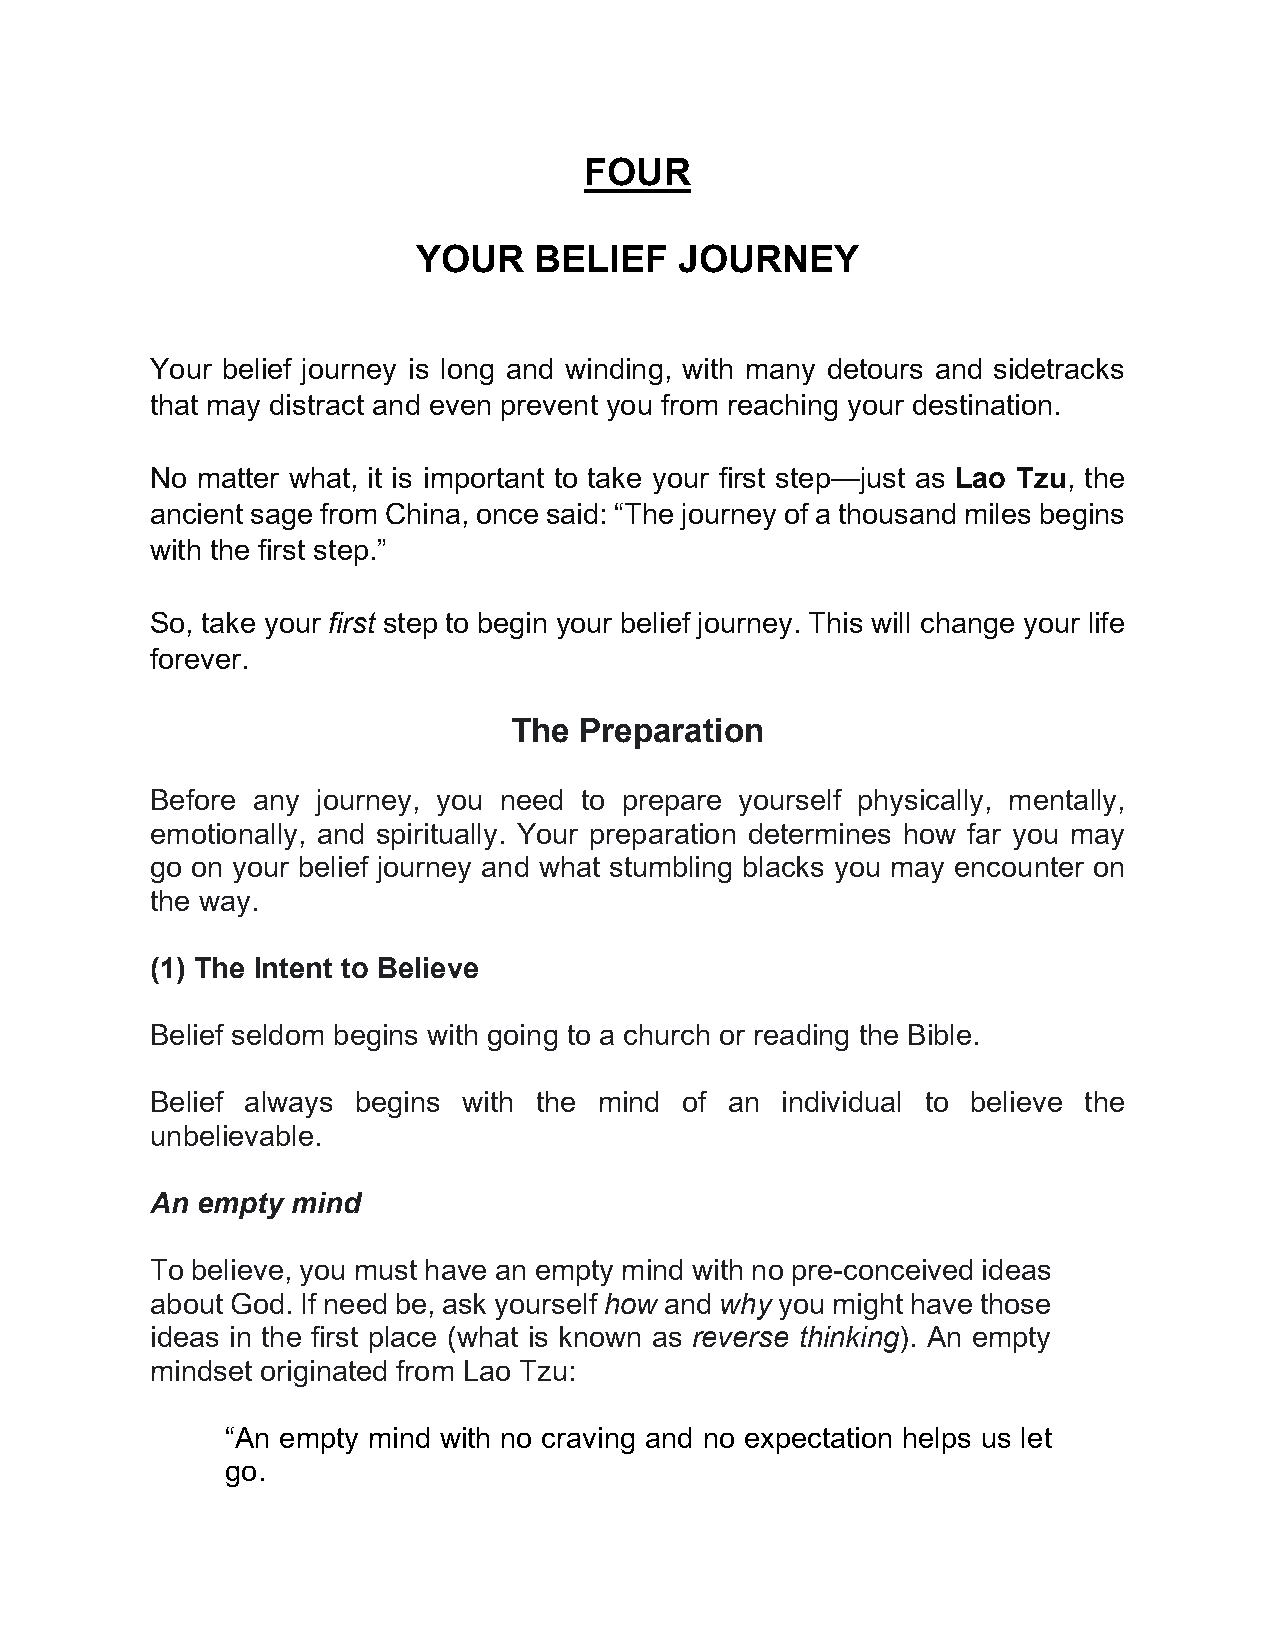
FOUR
 YOUR   BELIEF    JOURNEY
 Your belief journey is long and winding, with many detours and sidetracks
 that may distract and even prevent you from reaching your destination.
 No matter what, it is important to take your first step—just as Lao Tzu, the
 ancient sage from China, once said: “The journey of a thousand miles begins
 with the first step.”
 So, take your first step to begin your belief journey. This will change your life
 forever.
 The Preparation
 Before any journey, you need to prepare yourself physically, mentally,
 emotionally, and spiritually. Your preparation determines how far you may
 go on your belief journey and what stumbling blacks you may encounter on
 the way.
 (1) The Intent to Believe
 Belief seldom begins with going to a church or reading the Bible.
 Belief always begins with the mind of an  individual to believe the
 unbelievable.
 An empty mind
 To believe, you must have an empty mind with no pre-conceived ideas
 about God. If need be, ask yourself how and why you might have those
 ideas in the first place (what is known as reverse thinking). An empty
 mindset originated from Lao Tzu:
 “An empty mind with no craving and no expectation helps us let
 go.